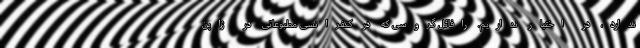
ندارد، در اختیار نداریم. رافائل گروسی که در کنفرانسی مطبوعاتی در ژاپن